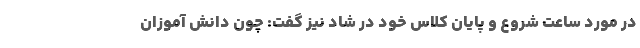
در مورد ساعت شروع و پایان کلاس خود در شاد نیز گفت: چون دانش آموزان